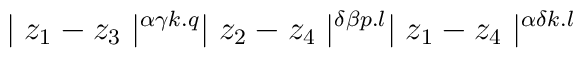
\mid z_{1}-z_{3} \mid ^{\alpha \gamma k.q}    \mid z_{2}-z_{4} \mid ^{\delta \beta p.l}    \mid z_{1}-z_{4} \mid ^{\alpha \delta k.l}